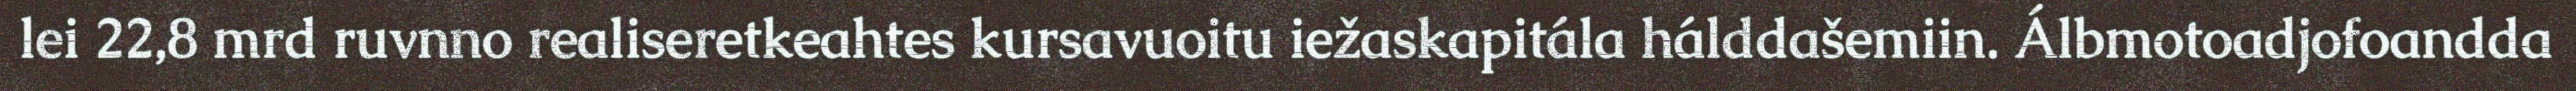
lei 22,8 mrd ruvnno realiseretkeahtes kursavuoitu iežaskapitála hálddašemiin. Álbmotoadjofoandda